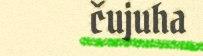
čujuha